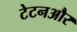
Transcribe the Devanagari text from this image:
टेटनऔर